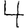
Digit: 4